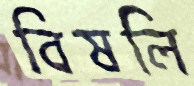
বিষলি